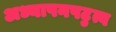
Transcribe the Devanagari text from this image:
अध्यापनपटुत्व